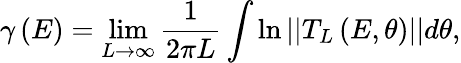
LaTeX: \gamma\left(E\right)=\operatorname*{lim}_{L\rightarrow\infty}\frac{1}{2\pi L}\int\ln\left\vert\left\vert T_{L}\left(E,\theta\right)\right\vert\right\vert d\theta,